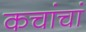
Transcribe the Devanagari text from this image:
कचांचां